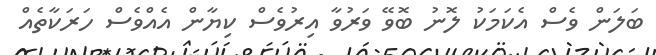
ބަލަން ވެސް އެކަމަކު ލޮނު ބޮވޭ ވަރުވާ އިރުވެސް ކިޔާން އެއްވެސް ހަރަކާތެއް